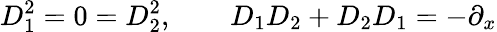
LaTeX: D_{1}^{2}=0=D_{2}^{2},\qquad D_{1}D_{2}+D_{2}D_{1}=-\partial_{x}